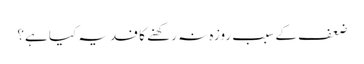
ضعف کے سبب روزہ نہ رکھنے کا فدیہ کیا ہے؟